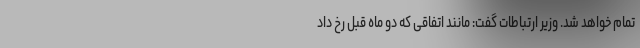
تمام خواهد شد. وزیر ارتباطات گفت: مانند اتفاقی که دو ماه قبل رخ داد